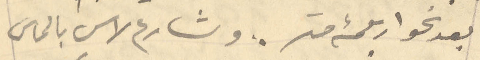
بعد نحو اربعمئة متر. وشارع لاس بالماس